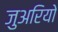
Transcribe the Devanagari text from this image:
जुअरियो